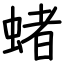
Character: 蝫